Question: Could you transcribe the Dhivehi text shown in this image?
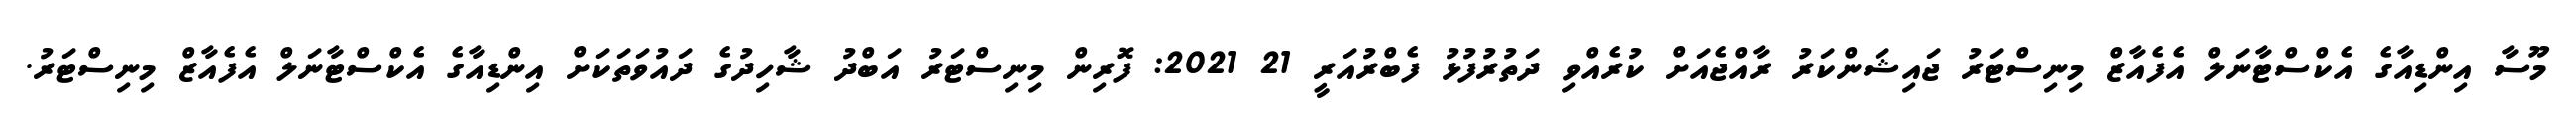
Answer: މޫސާ އިންޑިއާގެ އެކްސްޓާނަލް އެފެއާޒް މިނިސްޓަރު ޖައިޝަންކަރު ރާއްޖެއަށް ކުރެއްވި ދަތުރުފުޅު ފެބްރުއަރީ 21 2021: ފޮރިން މިނިސްޓަރު އަބްދު ޝާހިދުގެ ދައުވަތަކަށް އިންޑިއާގެ އެކްސްޓާނަލް އެފެއާޒް މިނިސްޓަރު.